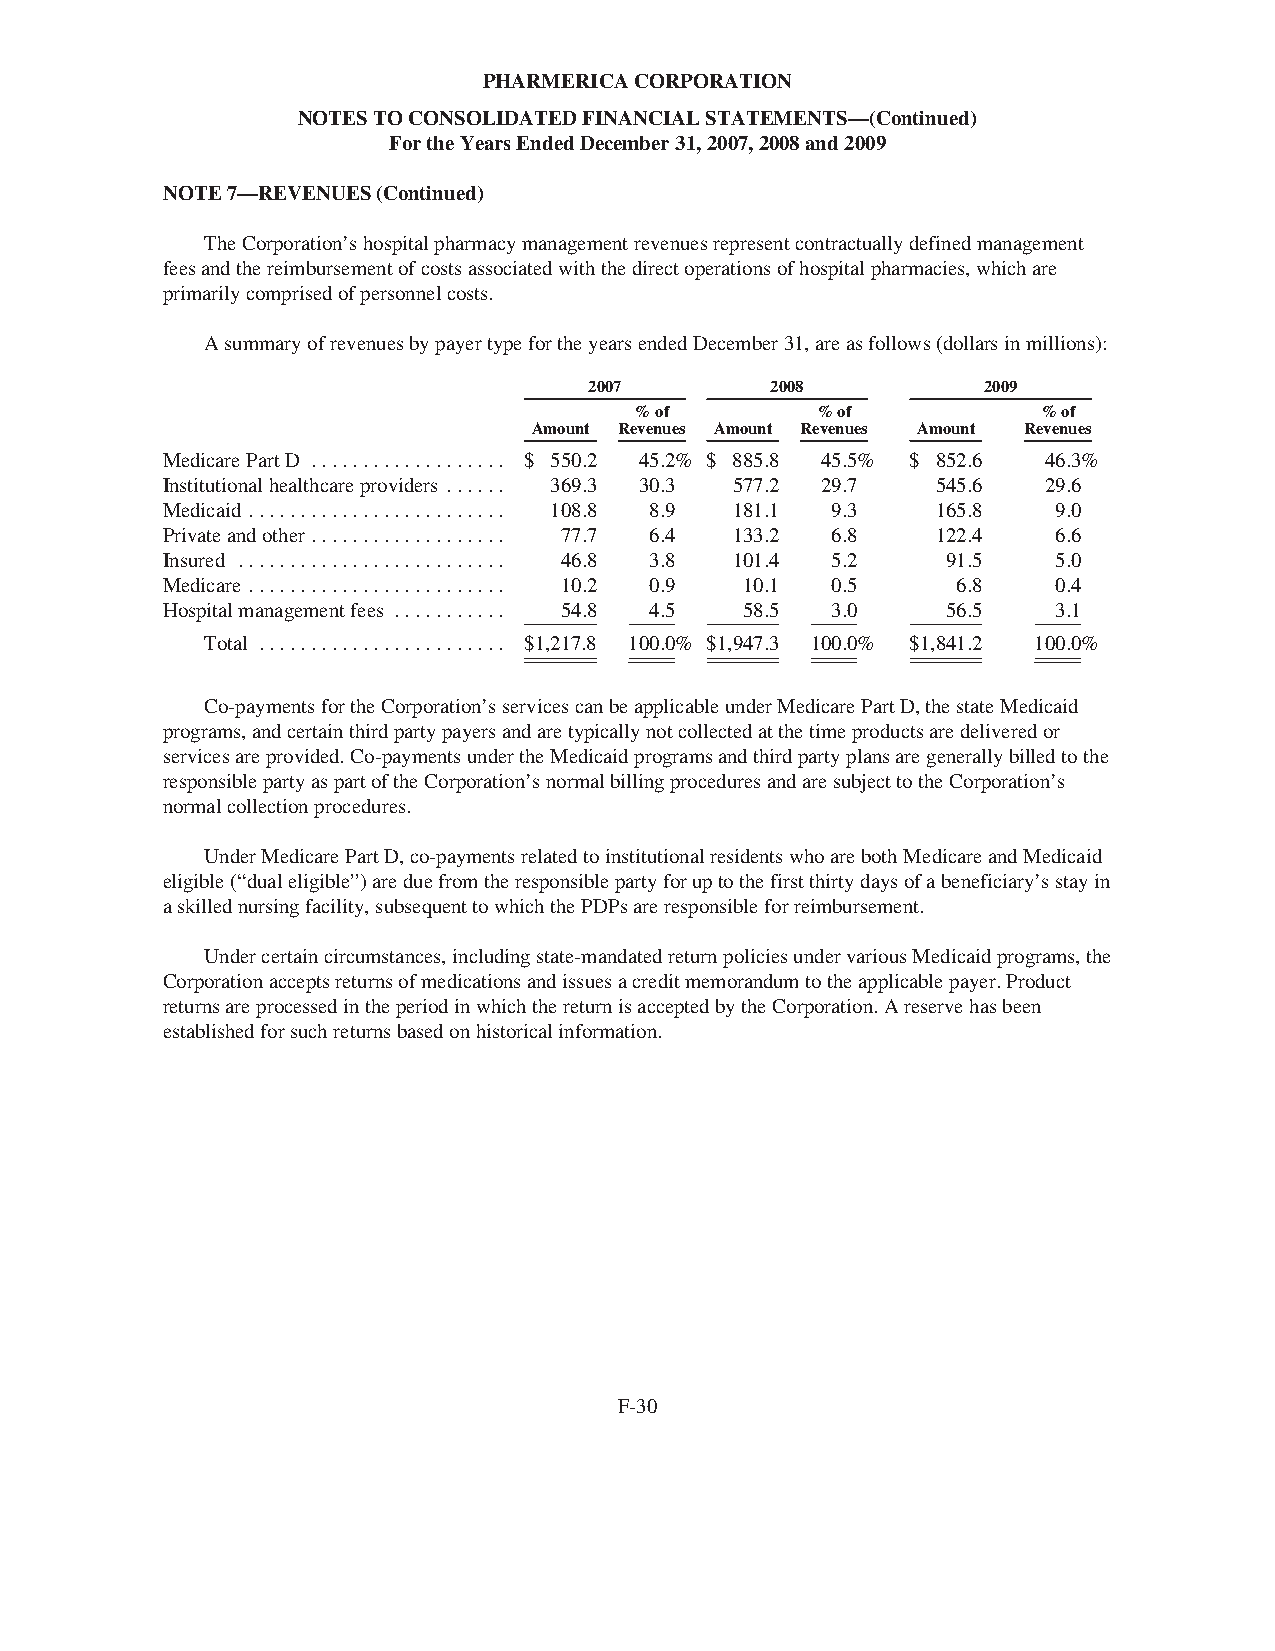
PHARMERICACORPORATION
 NOTESTOCONSOLIDATEDFINANCIALSTATEMENTS—(Continued)
 FortheYearsEndedDecember31,2007,2008and2009
 NOTE7—REVENUES(Continued)
 TheCorporation’shospitalpharmacymanagementrevenuesrepresentcontractuallydefinedmanagement
 feesandthereimbursementofcostsassociatedwiththedirectoperationsofhospitalpharmacies,whichare
 primarilycomprisedofpersonnelcosts.
 AsummaryofrevenuesbypayertypefortheyearsendedDecember31,areasfollows(dollarsinmillions):
 2007        2008          2009
 %of         %of            %of
 Amount Revenues Amount Revenues Amount Revenues
 MedicarePartD ................... $ 550.2 45.2% $ 885.8 45.5% $ 852.6 46.3%
 Institutionalhealthcareproviders ...... 369.3 30.3 577.2 29.7 545.6 29.6
 Medicaid ......................... 108.8 8.9 181.1 9.3 165.8 9.0
 Privateandother................... 77.7 6.4 133.2 6.8 122.4 6.6
 Insured .......................... 46.8 3.8 101.4 5.2 91.5 5.0
 Medicare ......................... 10.2 0.9 10.1 0.5 6.8   0.4
 Hospitalmanagementfees ........... 54.8 4.5 58.5 3.0 56.5  3.1
 Total ........................ $1,217.8 100.0% $1,947.3 100.0% $1,841.2 100.0%
 Co-paymentsfortheCorporation’sservicescanbeapplicableunderMedicarePartD,thestateMedicaid
 programs,andcertainthirdpartypayersandaretypicallynotcollectedatthetimeproductsaredeliveredor
 servicesareprovided.Co-paymentsundertheMedicaidprogramsandthirdpartyplansaregenerallybilledtothe
 responsiblepartyaspartoftheCorporation’snormalbillingproceduresandaresubjecttotheCorporation’s
 normalcollectionprocedures.
 UnderMedicarePartD,co-paymentsrelatedtoinstitutionalresidentswhoarebothMedicareandMedicaid
 eligible(“dualeligible”)areduefromtheresponsiblepartyforuptothefirstthirtydaysofabeneficiary’sstayin
 askillednursingfacility,subsequenttowhichthePDPsareresponsibleforreimbursement.
 Undercertaincircumstances,includingstate-mandatedreturnpoliciesundervariousMedicaidprograms,the
 Corporationacceptsreturnsofmedicationsandissuesacreditmemorandumtotheapplicablepayer.Product
 returnsareprocessedintheperiodinwhichthereturnisacceptedbytheCorporation.Areservehasbeen
 establishedforsuchreturnsbasedonhistoricalinformation.
 F-30